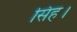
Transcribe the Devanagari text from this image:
सिह।